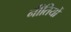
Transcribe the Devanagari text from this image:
नीतियों